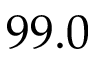
9 9 . 0